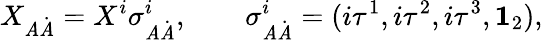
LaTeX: X_{\mathit{A}\dot{{\mathit{A}}}}=X^{i}\sigma_{\mathit{A}\dot{{\mathit{A}}}}^{i},\qquad\sigma_{\mathit{A}\dot{{\mathit{A}}}}^{i}=(i\tau^{1},i\tau^{2},i\tau^{3},{\mathbf{1}}_{2}),\,